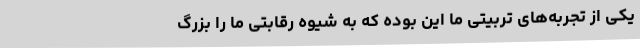
یکی از تجربه‌های تربیتی ما این بوده که به شیوه رقابتی ما را بزرگ